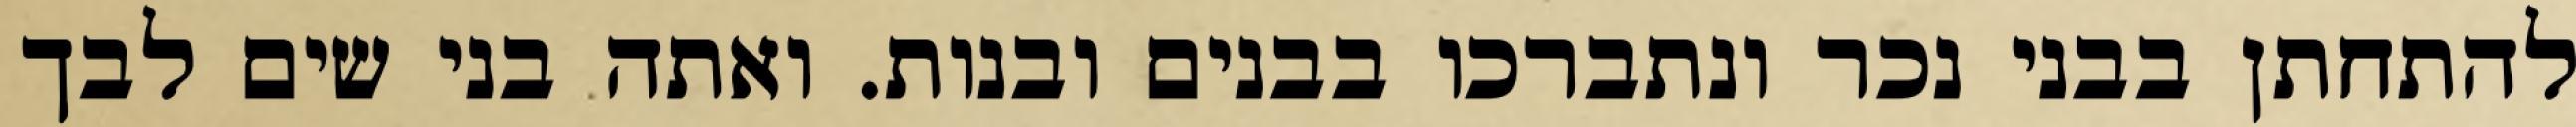
להתחתן בבני נכר ונתברכו בבנים ובנות. ואתה בני שים לבך